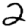
Digit: 2